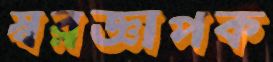
স্বরজ্ঞাপক